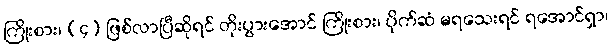
ကြိုးစား၊ (၄) ဖြစ်လာပြီဆိုရင် တိုးပွားအောင် ကြိုးစား၊ ပိုက်ဆံ မရသေးရင် ရအောင်ရှာ၊